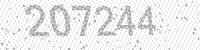
Solution: 207244